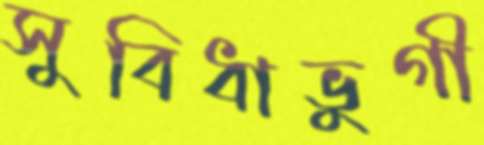
সুবিধাভুগী